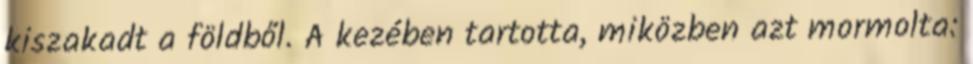
kiszakadt a földből. A kezében tartotta, miközben azt mormolta: